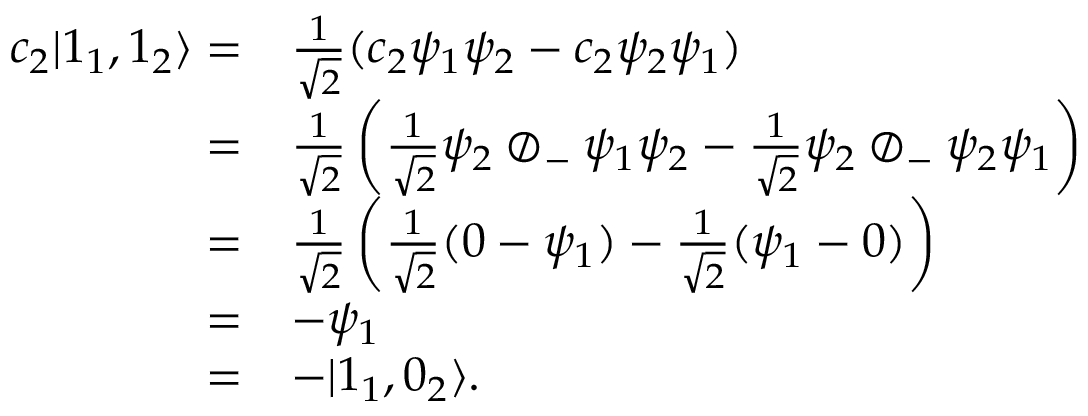
{ \begin{array} { r l } { c _ { 2 } | 1 _ { 1 } , 1 _ { 2 } \rangle = } & { { \frac { 1 } { \sqrt { 2 } } } ( c _ { 2 } \psi _ { 1 } \psi _ { 2 } - c _ { 2 } \psi _ { 2 } \psi _ { 1 } ) } \\ { = } & { { \frac { 1 } { \sqrt { 2 } } } \left( { \frac { 1 } { \sqrt { 2 } } } \psi _ { 2 } \oslash _ { - } \psi _ { 1 } \psi _ { 2 } - { \frac { 1 } { \sqrt { 2 } } } \psi _ { 2 } \oslash _ { - } \psi _ { 2 } \psi _ { 1 } \right) } \\ { = } & { { \frac { 1 } { \sqrt { 2 } } } \left( { \frac { 1 } { \sqrt { 2 } } } ( 0 - \psi _ { 1 } ) - { \frac { 1 } { \sqrt { 2 } } } ( \psi _ { 1 } - 0 ) \right) } \\ { = } & { - \psi _ { 1 } } \\ { = } & { - | 1 _ { 1 } , 0 _ { 2 } \rangle . } \end{array} }